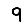
Digit: 9